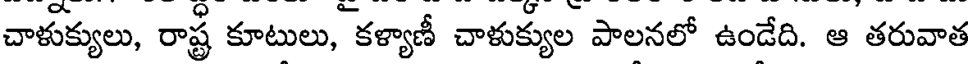
చాళుక్యులు, రాష్ట్ర కూటులు, కళ్యాణీ చాళుక్యుల పాలనలో ఉండేది. ఆ తరువాత